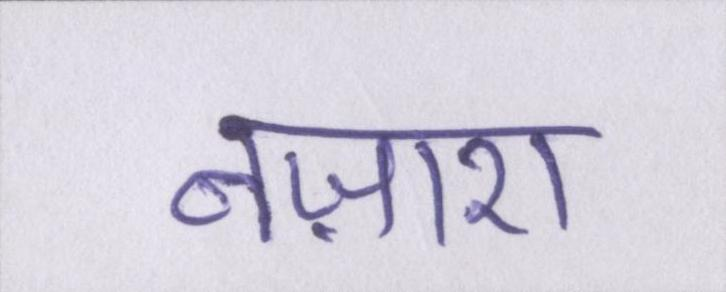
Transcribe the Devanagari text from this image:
नज़ारा